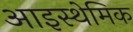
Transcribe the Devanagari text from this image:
आइस्थेमिक